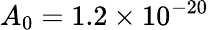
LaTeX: A_{0}=1.2\times 10^{-20}